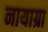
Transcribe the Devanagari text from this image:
नायाग्रा